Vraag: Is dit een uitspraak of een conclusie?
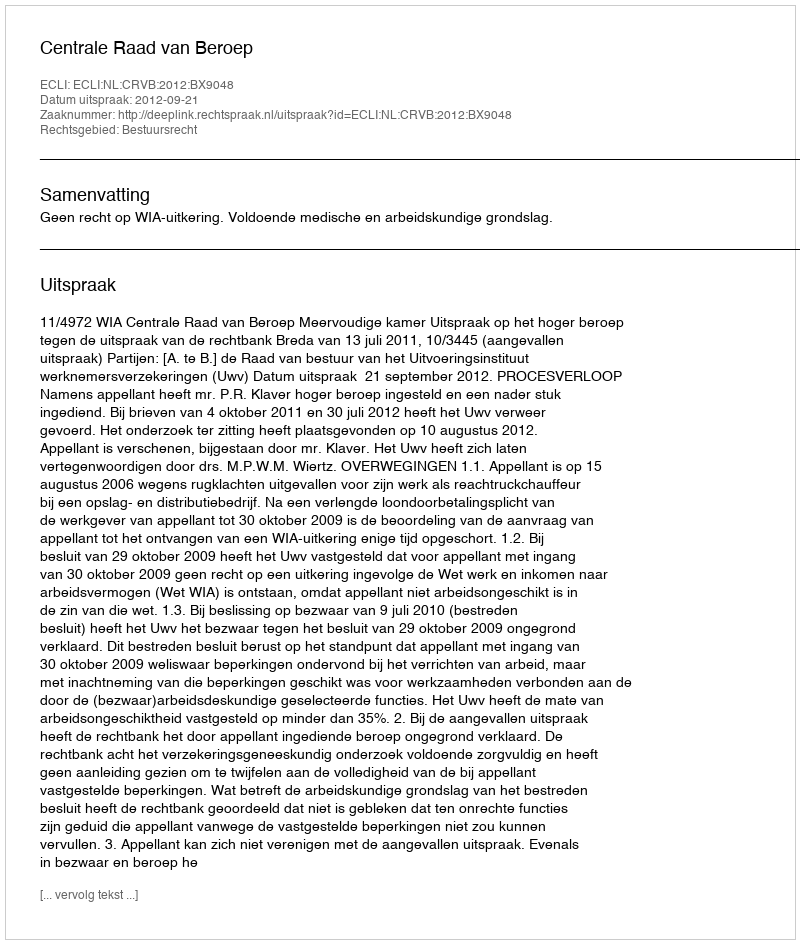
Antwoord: Uitspraak